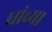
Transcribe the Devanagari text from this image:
ध्रांच्या